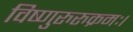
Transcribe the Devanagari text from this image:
विष्णुरुरुक्रमः।